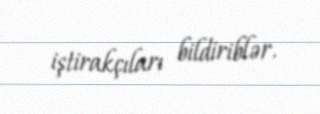
iştirakçıları bildiriblər.